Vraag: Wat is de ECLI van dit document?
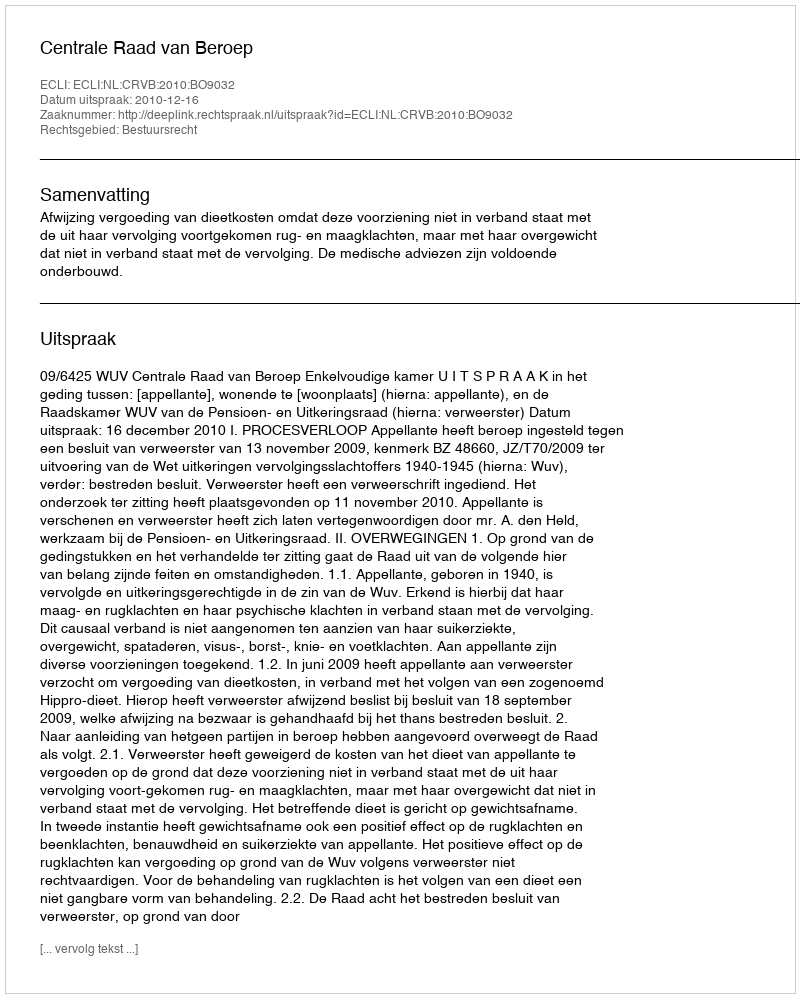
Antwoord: ECLI:NL:CRVB:2010:BO9032